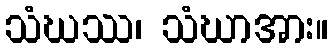
သံဃဿ၊ သံဃာအား။